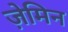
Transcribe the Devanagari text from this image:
ज़ेमिन